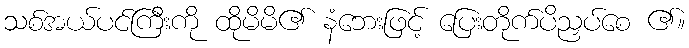
သစ်အယ်ပင်ကြီးကို ထိုမိမိ၏ နံဘေးဖြင့် ပြေးတိုက်ပိညှပ်စေ ၏။